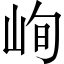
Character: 峋